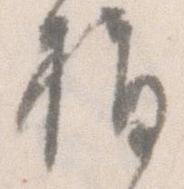
指